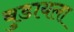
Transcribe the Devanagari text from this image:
बुडायला